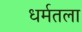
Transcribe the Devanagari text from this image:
धर्मतला